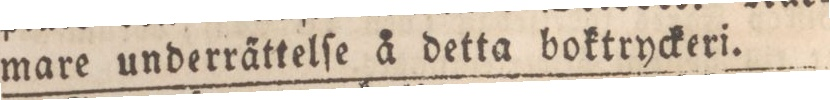
mare underra̋ttelſe å detta boktryckeri.